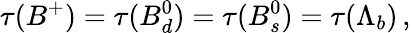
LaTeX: \tau(B^{+})=\tau(B_{d}^{0})=\tau(B_{s}^{0})=\tau(\Lambda_{b})\, ,